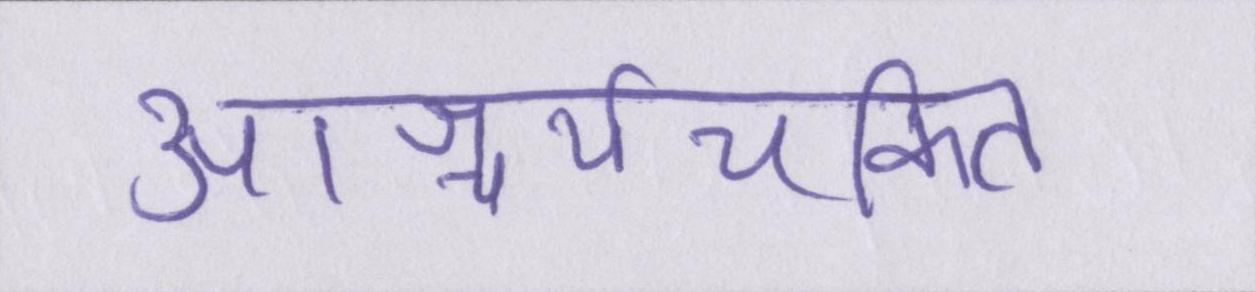
आश्चर्यचकित